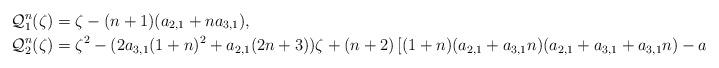
LaTeX: \begin{align*}\mathcal Q_1^n(\zeta)&=\zeta-(n+1)(a_{2,1}+na_{3,1}),\\\mathcal Q_2^n(\zeta)&=\zeta^2-(2a_{3,1}(1+n)^2+a_{2,1}(2 n+3))\zeta+(n+2)\left[(1+n) (a_{2,1}+a_{3,1} n) (a_{2,1}+a_{3,1}+a_{3,1} n)-a_{2,0} (a_{2,2}+a_{3,2}+a_{3,2} n)\right].\end{align*}